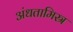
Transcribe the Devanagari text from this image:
अंधतामिस्र